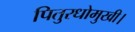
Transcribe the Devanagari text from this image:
पितुरधोमुखी।